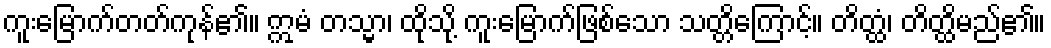
ကူးမြောက်တတ်ကုန်၏။ ဣမံ တသ္မာ၊ ထိုသို့ ကူးမြောက်ဖြစ်သော သတ္တိကြောင့်။ တိတ္ထံ၊ တိတ္ထိမည်၏။